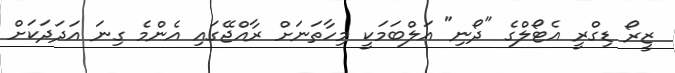
ޒީރޯ ޑިގްރީ އެޓޯލްގެ "ދޯނި" އަލްބަމަކީ މިހާތަނަށް ރާއްޖޭގައި އެންމެ ގިނަ އަދަދަކަށް